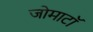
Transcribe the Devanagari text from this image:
जोमाटॉ